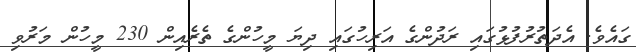
ގައެވެ. އެދަތުރުފުޅުގައި ރަދުންގެ އަރިހުގައި ދިޔަ މީހުންގެ ތެރެއިން 230 މީހުން މަރުވި